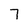
Character: 7